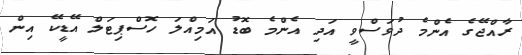
ރާއްޖޭގެ އެންމެ ދުވަސްވީ އަދި އެންމެ ބޮޑު އަމިއްލަ ހޮސްޕިޓަލް އޭޑީކޭ އިން